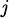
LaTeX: _\mathit{j}